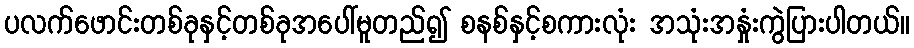
ပလက်ဖောင်းတစ်ခုနှင့်တစ်ခုအပေါ်မူတည်၍ စနစ်နှင့်စကားလုံး အသုံးအနှုံးကွဲပြားပါတယ်။